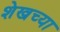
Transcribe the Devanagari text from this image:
शेखच्या